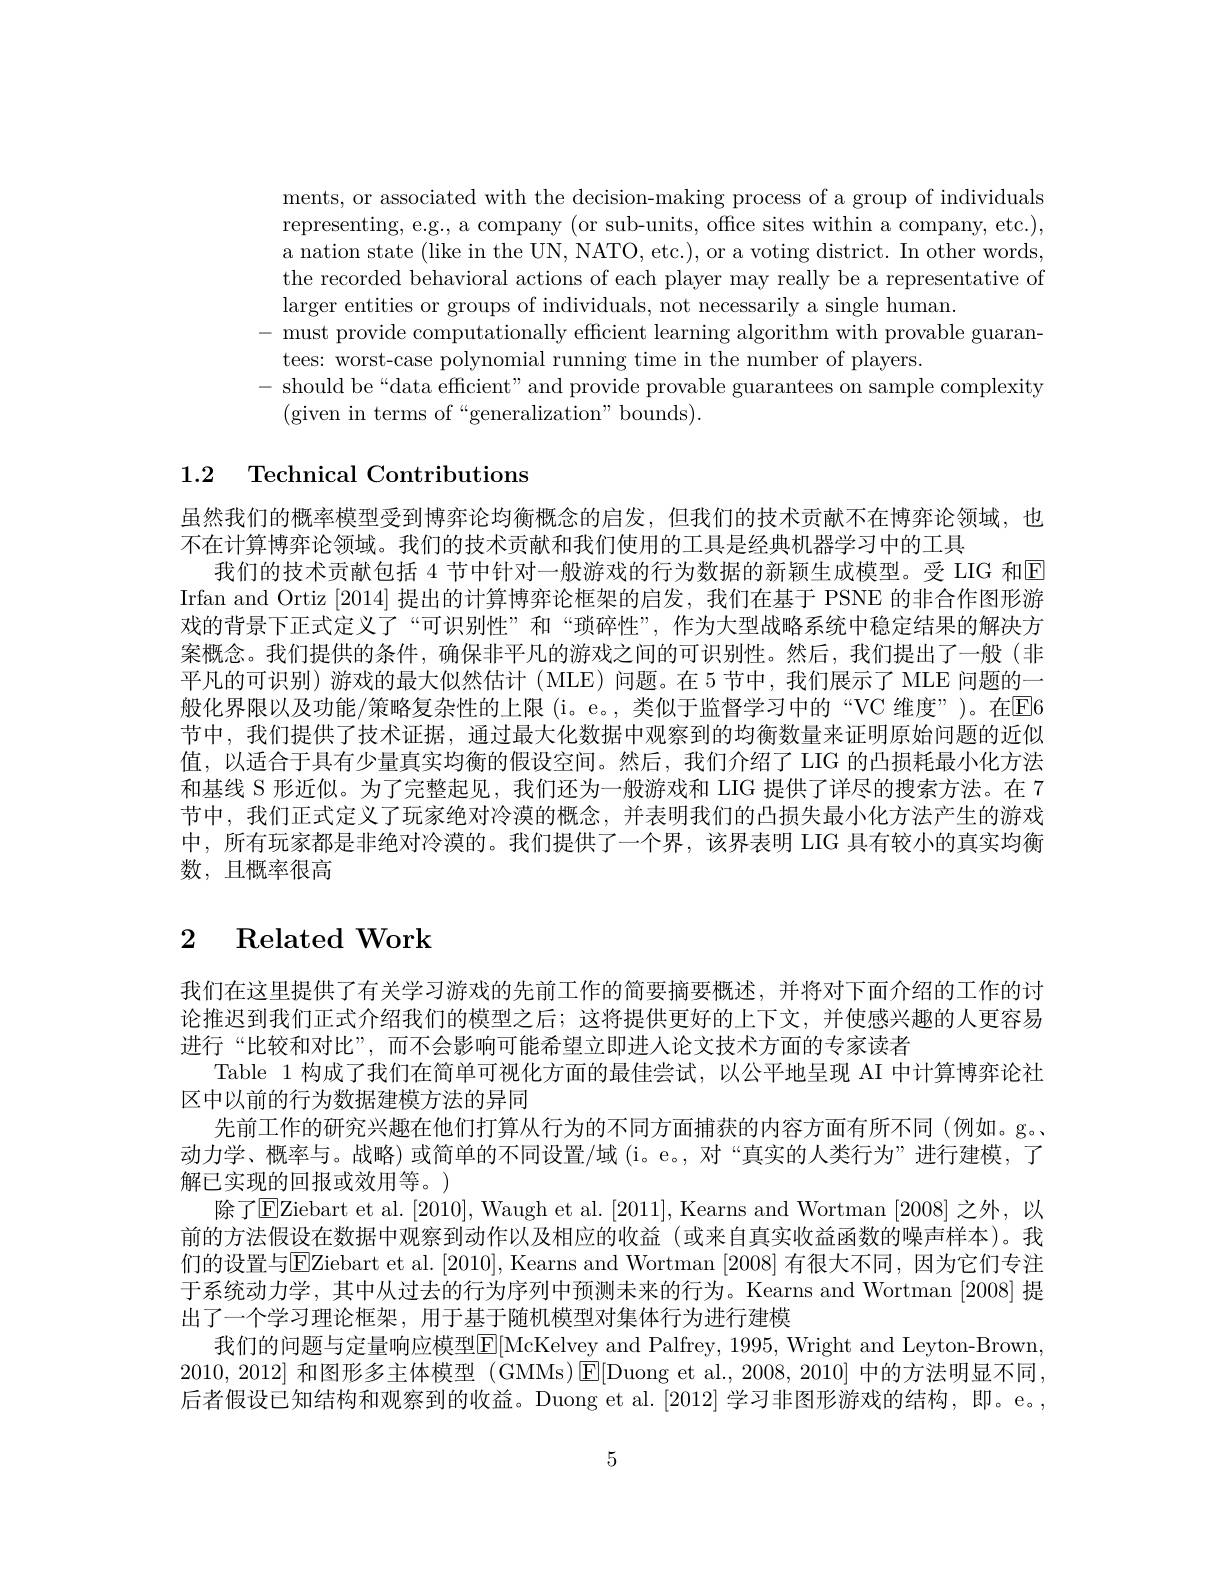
ments, or associated with the decision-making process of a group of individuals representing, e.g., a company (or sub-units, office sites within a company, etc.), a nation state (like in the UN, NATO, etc.), or a voting district. In other words, the recorded behavioral actions of each player may really be a representative of larger entities or groups of individuals, not necessarily a single human.
- must provide computationally efficient learning algorithm with provable guaran-
tees: worst-case polynomial running time in the number of players.
- should be“data efficient" and provide provable guarantees on sample complexity
(given in terms of“generalization"bounds).

## 1.2 Technical Contributions

虽然我们的概率模型受到博弈论均衡概念的启发，但我们的技术贡献不在博弈论领域，也
不在计算博弈论领域。我们的技术贡献和我们使用的工具是经典机器学习中的工具
我们的技术贡献包括 4 节中针对一般游戏的行为数据的新颖生成模型。受 LIG 和$\mathbb{E}$ Irfan and Ortiz [2014]提出的计算博弈论框架的启发，我们在基于 PSNE 的非合作图形游戏的背景下正式定义了“可识别性”和“琐碎性”,作为大型战略系统中稳定结果的解决方案概念。我们提供的条件，确保非平凡的游戏之间的可识别性。然后，我们提出了一般(非平凡的可识别)游戏的最大似然估计(MLE)问题。在 5 节中，我们展示了 MLE 问题的一般化界限以及功能/策略复杂性的上限 (i。e。,类似于监督学习中的“VC 维度”)。在$\overline{\mathrm{E}}6$ 节中，我们提供了技术证据，通过最大化数据中观察到的均衡数量来证明原始问题的近似值，以适合于具有少量真实均衡的假设空间。然后，我们介绍了 LIG 的凸损耗最小化方法和基线 S 形近似。为了完整起见，我们还为一般游戏和 LIG 提供了详尽的搜索方法。在 7节中，我们正式定义了玩家绝对冷漠的概念，并表明我们的凸损失最小化方法产生的游戏中，所有玩家都是非绝对冷漠的。我们提供了一个界，该界表明 LIG 具有较小的真实均衡数，且概率很高

## $\begin{array}{cc}2&\text{Related Work}\end{array}$

我们在这里提供了有关学习游戏的先前工作的简要摘要概述，并将对下面介绍的工作的讨论推迟到我们正式介绍我们的模型之后；这将提供更好的上下文，并使感兴趣的人更容易进行“比较和对比”,而不会影响可能希望立即进人论文技术方面的专家读者
Table 1 构成了我们在简单可视化方面的最佳尝试，以公平地呈现 AI 中计算博弈论社
区中以前的行为数据建模方法的异同
先前工作的研究兴趣在他们打算从行为的不同方面捕获的内容方面有所不同(例如。g。、 动力学、概率与。战略) 或简单的不同设置/域 (i。e。, 对“真实的人类行为”进行建模，了解已实现的回报或效用等。)
除了$\boxed{\mathrm{E}}$Ziebart et al.[2010], Waugh et al. [2011], Kearns and Wortman |2008| 之外，以前的方法假设在数据中观察到动作以及相应的收益(或来自真实收益函数的噪声样本)。我们的设置与$\boxed{\mathrm{E}}$Ziebart et al. [2010], Kearns and Wortman [2008] 有很大不同，因为它们专注于系统动力学，其中从过去的行为序列中预测未来的行为。Kearns and Wortman [2008] 提出了一个学习理论框架，用于基于随机模型对集体行为进行建模
我们的问题与定量响应模型E[McKelvey and Palfrey, 1995, Wright and Leyton-Brown, 2010,2012] 和图形多主体模型 (GMMs)$\operatorname{E}[$Duong et al.,2008,2010] 中的方法明显不同， 后者假设已知结构和观察到的收益。Duong et al.[2012] 学习非图形游戏的结构，即。e。,

5